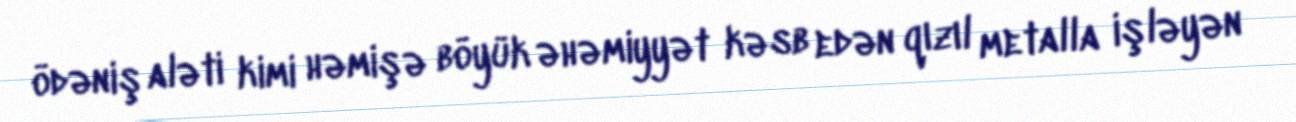
ödəniş aləti kimi həmişə böyük əhəmiyyət kəsb edən qızıl metalla işləyən